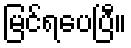
မြင်ရပေပြီ။